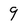
Character: 9